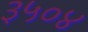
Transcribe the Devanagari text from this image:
३५०४